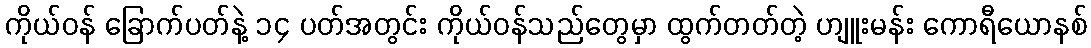
ကိုယ်ဝန် ခြောက်ပတ်နဲ့ ၁၄ ပတ်အတွင်း ကိုယ်ဝန်သည်တွေမှာ ထွက်တတ်တဲ့ ဟျူးမန်း ကောရီယောနစ်